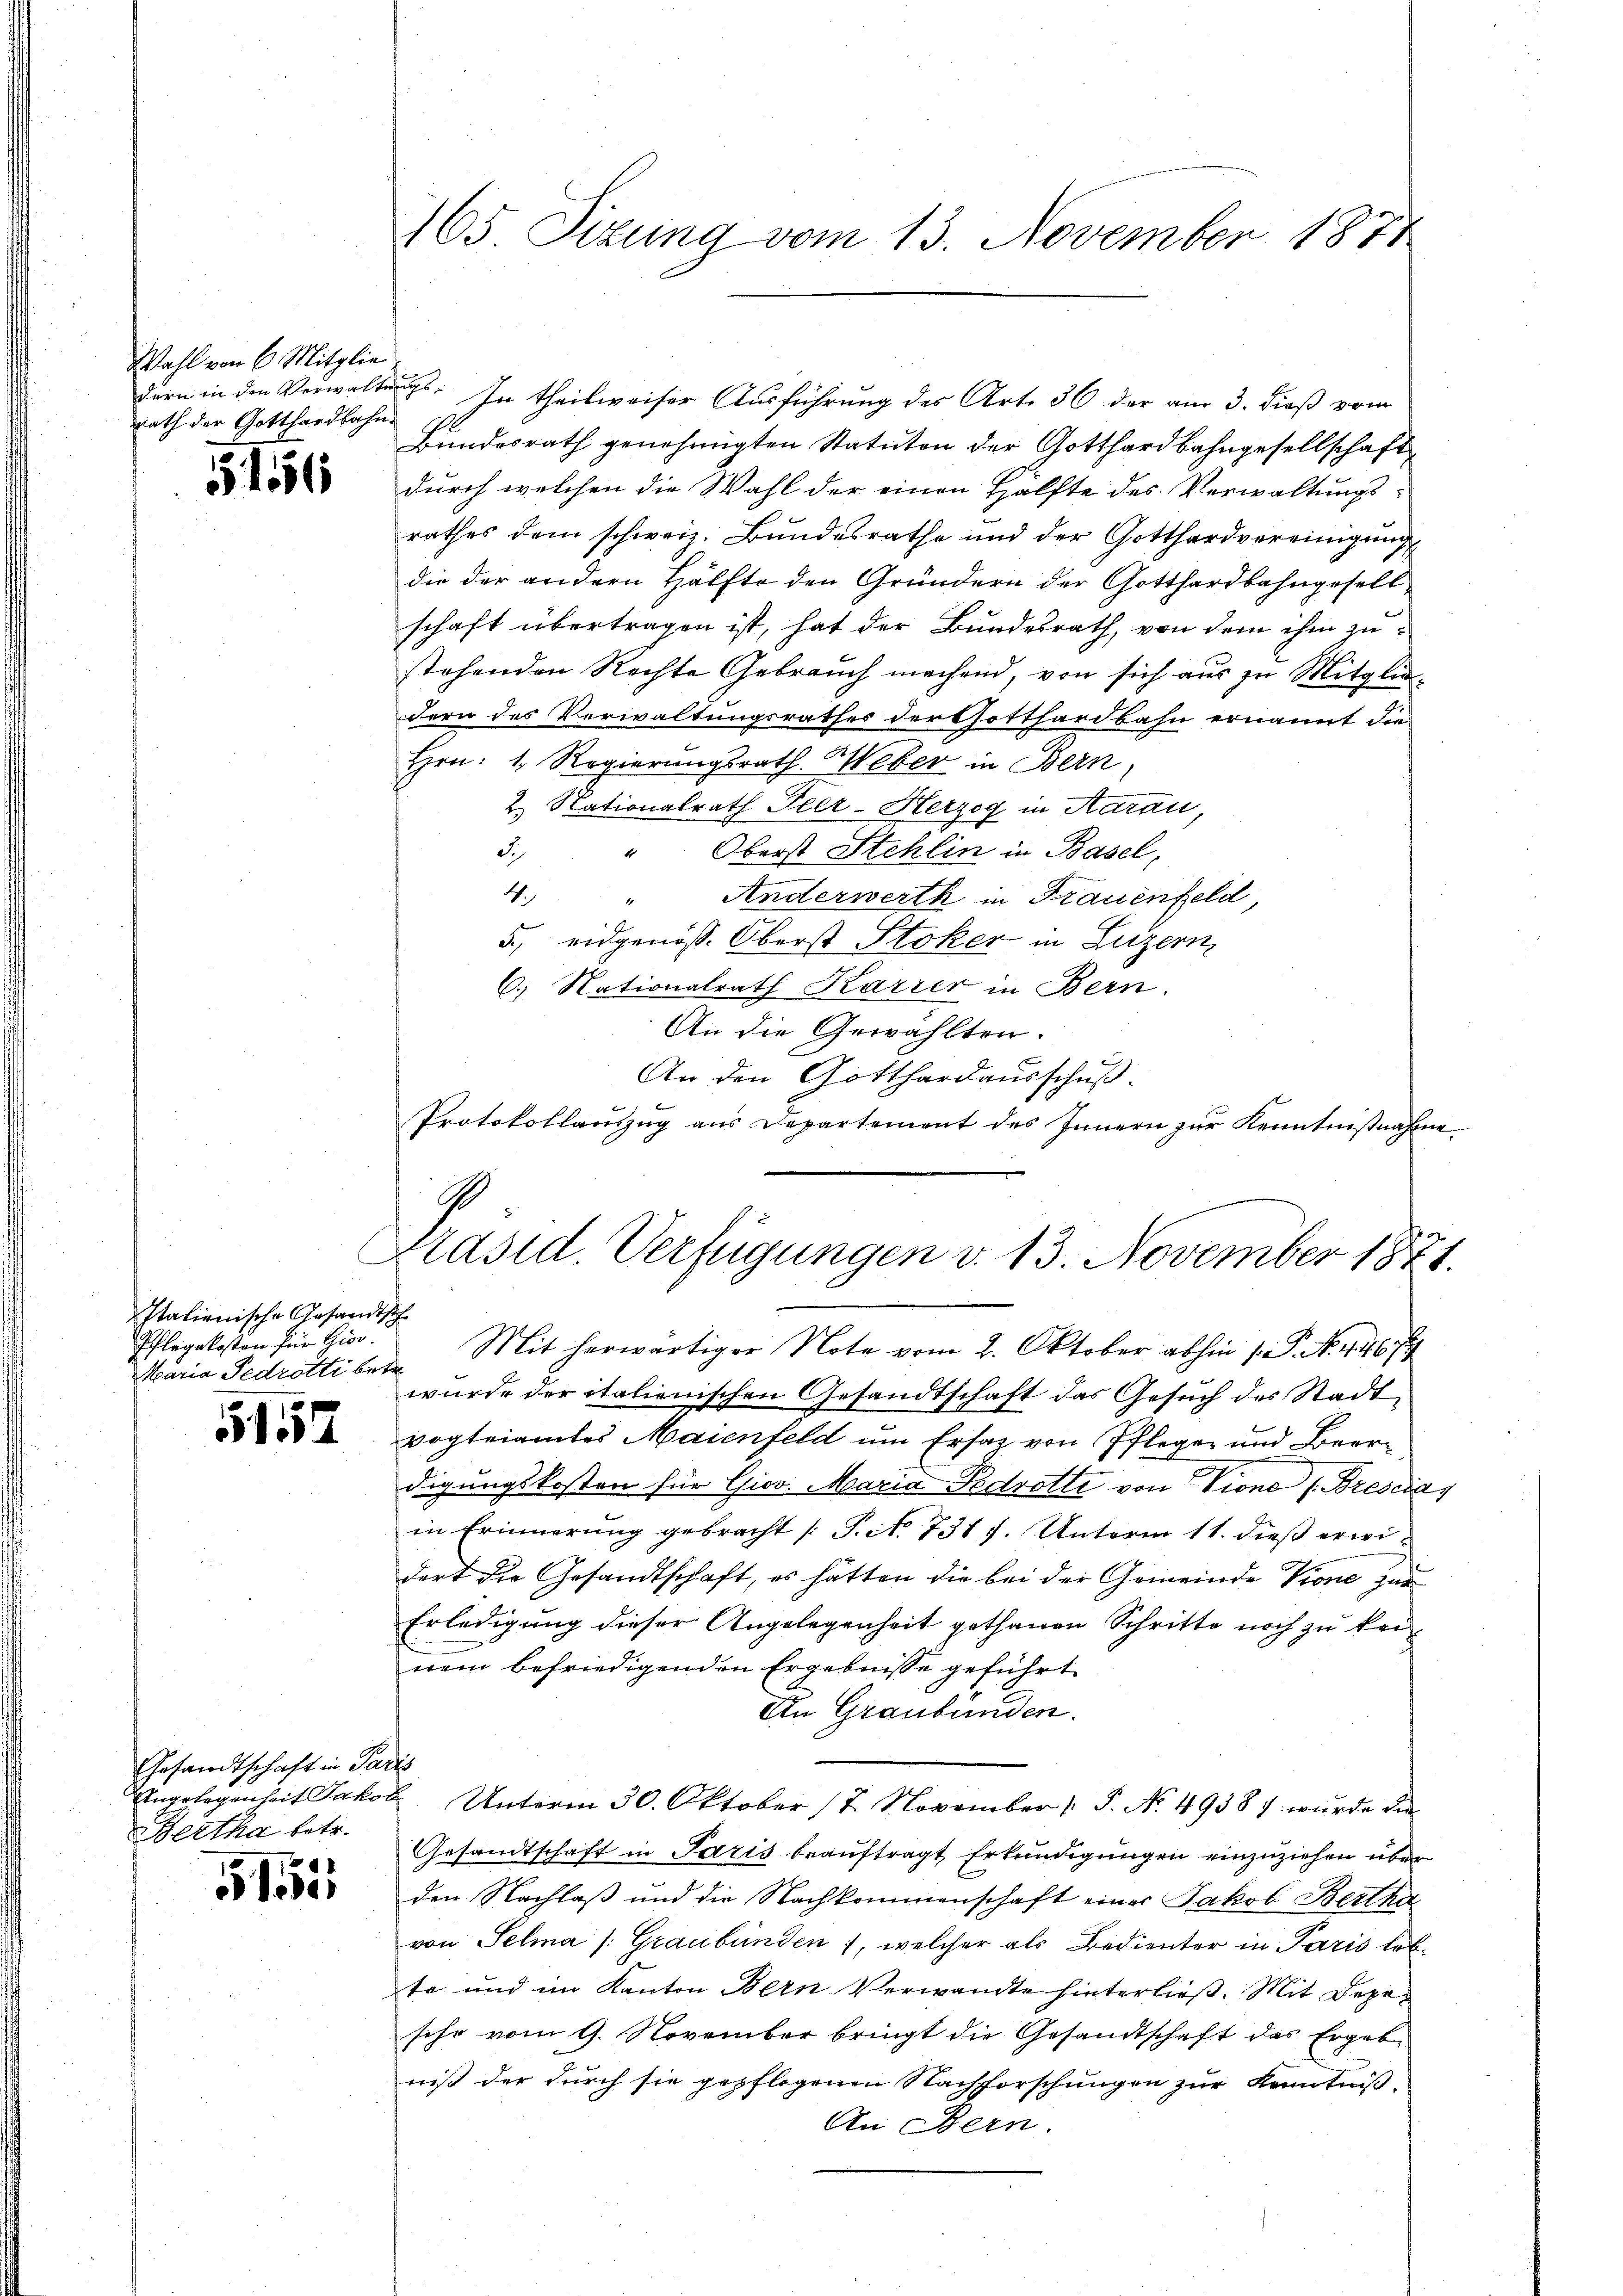
Wahl von 6 Mitglie
dern in den Verwalte
Rath der Gotthardbahn.

§ 1556

Italienische Gesandtsche
Pflegekosten für Gior.
Maria Fedrotti betr

f x
514

Gesandtschaft in Par
Angelegenheit Jakor
Bertha betr.
1

51

165. Sizung vom 13. November 1871

G.
Präsid. Verfügungen d. 13. November 1871.

il. In theilweiser Ausführung des Art. 36 der am 3. dieß vom
Bundesrath genehmigten Statuten der Gotthardbahngesellschaft
durch welchen die Wahl der einen Hälfte des Verwaltungsrathes dem schweiz. Bundesrathe und der Gotthardvereinigung
die der andern Hälfte den Gründern der Gotthardbahngesell
schaft übertragen ist, hat der Bundesrath, von dem ihm zustehenden Rechte Gebrauch machend, von sich aus zu Mitglie-
dern des Verwaltungsrathes dorthotthardbahn ernannt die
Hrn. 1. Regierungsrath Weber in Bern,
2. Nationalrath Fier-Herzog in Aarau,
Oberst Stehlin in Basel,
S.4
4. Anderwerth in Frauenfeld,
5, eidgenöss. Oberst Stoker in Luzern,
6.) Nationalrath Karrer in Bern.
An die Gewählten.
An den Gotthardausschuß.
Protokollaŭszŭg ans Departement des Innern zŭr Kenntniβnahme
Mit herwärtiger Note vom 2. Oktober abhin 1. P. N. 4467
wurde der italienischen Gesandtschaft das Gesuch des Stadt
vogteiamtes Maienfeld um Ersatz von Pfleger und Beerdigungskosten für Giov. Maria Pedrette von Vione Brescia
in Erinnerung gebracht [P. No 731 f. Unterm 11. dieß erwidert die Gesandtschaft, es hätten die bei der Gemeinde Krone zur
Erledigung dieser Angelegenheit gethanen Schritte noch zu keinem befriedigenden Ergebnisse geführt
An Graubünden.
s
Unterm 30. Oktober (7 November (T. No. 4938 wurde die
Gesandtschaft in Paris beauftragt Erkundigungen einzuziehen über
den Nachlaß und die Nachkommenschaft einer Jakob Bertha
von Selma /: Graubünden , welcher als Bedienter in Paris lebte und im Kanton Bern Verwandte hinterließ. Mit Depesche vom 9. November bringt die Gesandtschaft das Ergeb-
niß der durch sie gepflogenen Nachforschungen zur Kenntniß
An Bern.